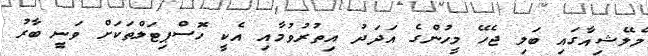
މެލޭޝިއާގައި ބަލި ޖެހޭ މީހުންގެ އަދަދު އިތުރުވުމާއި އެކީ ހޮސްޕިޓަލްތަކަށް ވަނީ ބާރު